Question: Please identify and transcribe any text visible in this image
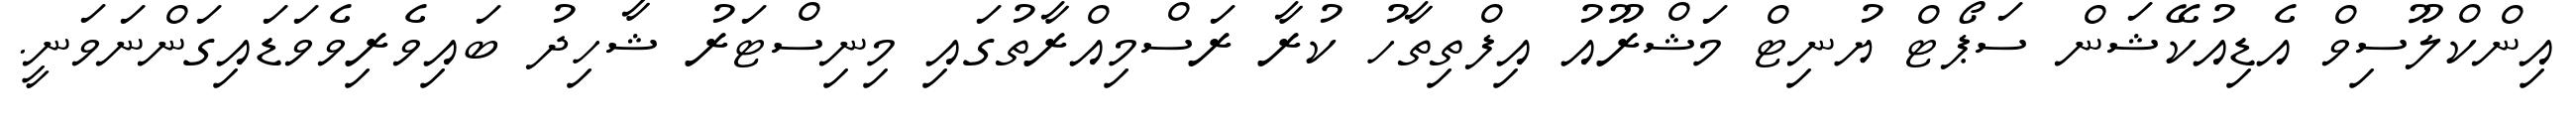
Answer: އިންކްލޫސިވް އެޑިއުކޭޝަން ސަޕޯޓް ޔުނިޓް މަޝްރޫއު އިފްތިތާހު ކުރާ ރަސްމިއްރާތުގައި މިނިސްޓަރު ޝާހިދު ބައިވެރިވެވަޑައިގަންނަވަނީ.